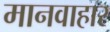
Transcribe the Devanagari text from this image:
मानवाहार